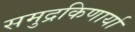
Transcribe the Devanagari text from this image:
समुद्रकिणार्या